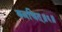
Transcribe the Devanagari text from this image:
क्वचित्॥६॥